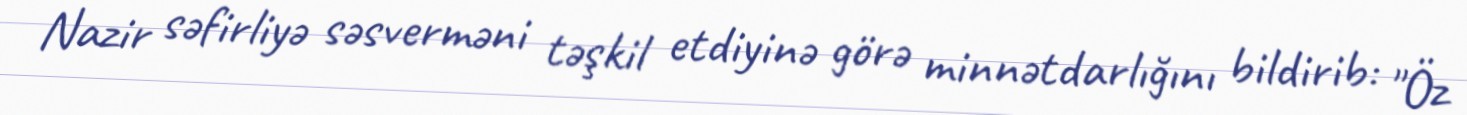
Nazir səfirliyə səsverməni təşkil etdiyinə görə minnətdarlığını bildirib: "Öz